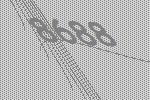
8688